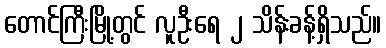
တောင်ကြီးမြို့တွင် လူဦးရေ ၂ သိန်းခန့်ရှိသည်။